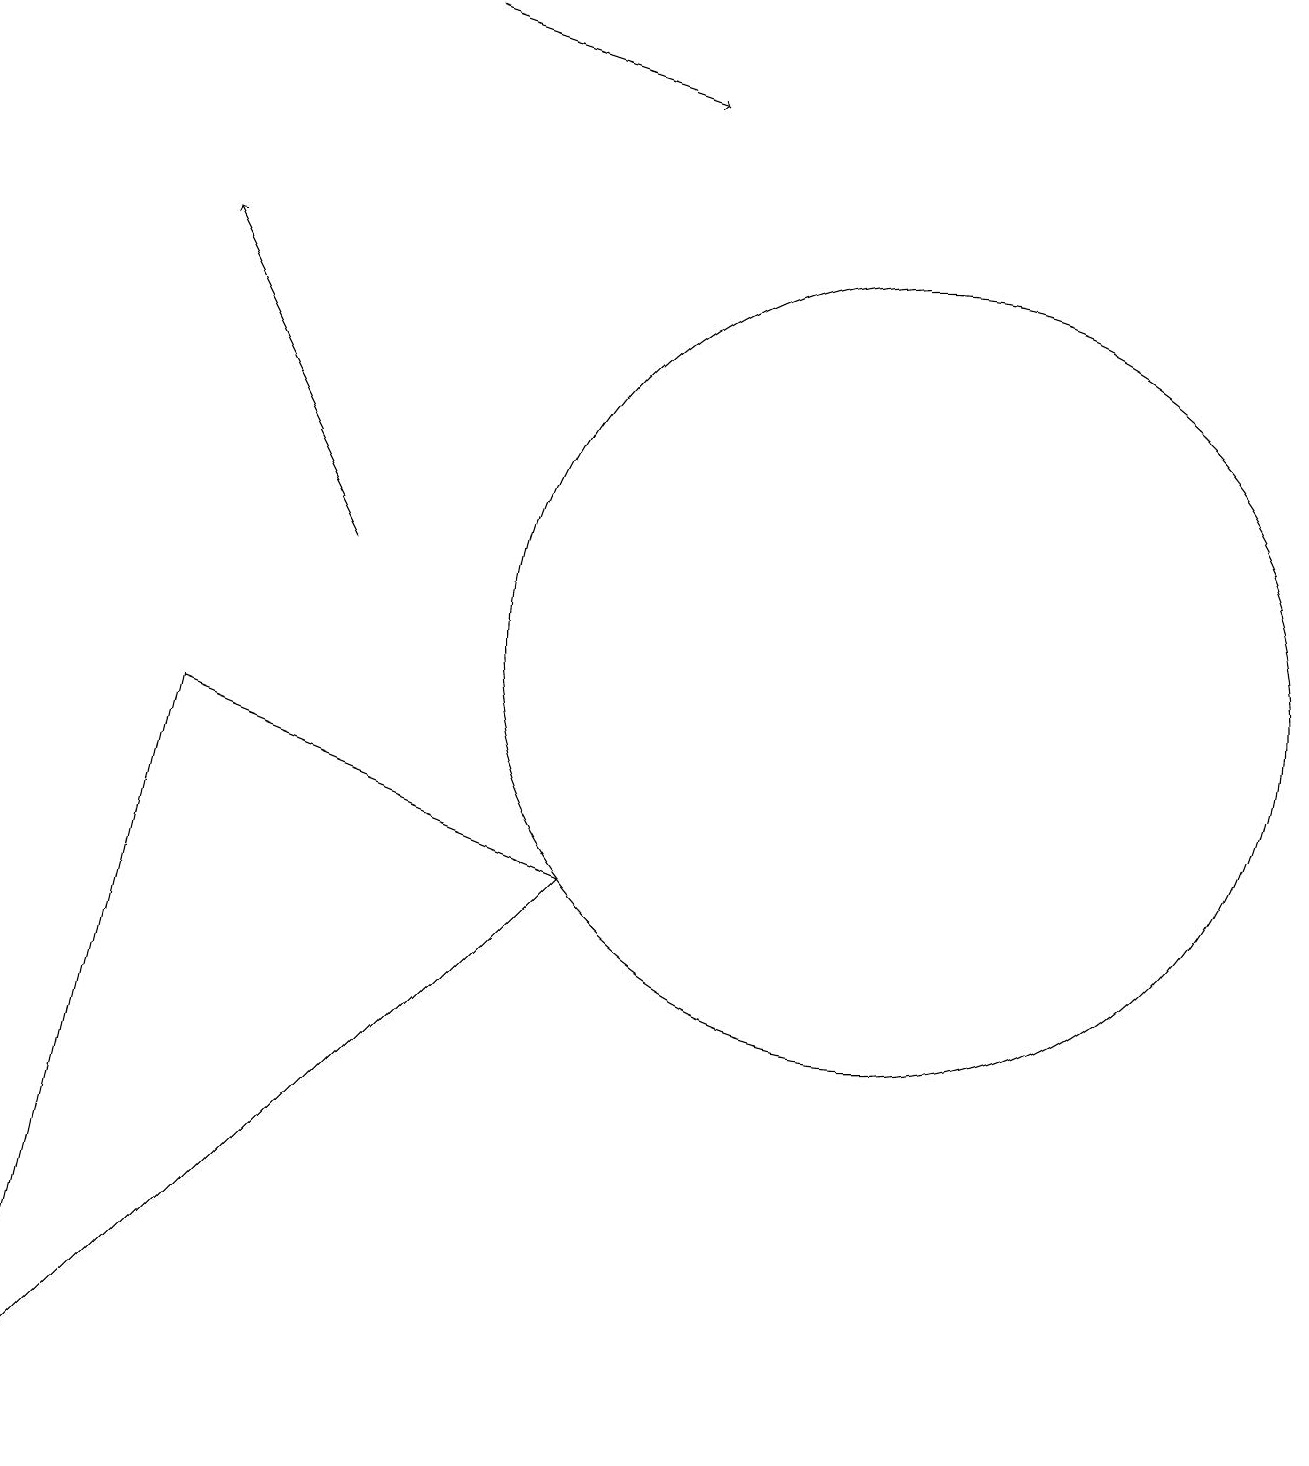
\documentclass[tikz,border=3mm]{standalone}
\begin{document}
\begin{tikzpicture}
\draw[->] (4,11) -- (2,15);
\draw (7,7) -- (0,0) -- (2,9) -- cycle;
\draw (12,12) circle (0);
\draw (11,10) circle (5);
\draw[->] (5,18) -- (8,17);
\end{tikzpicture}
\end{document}